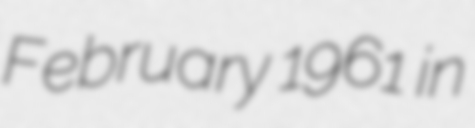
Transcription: February 1961 in